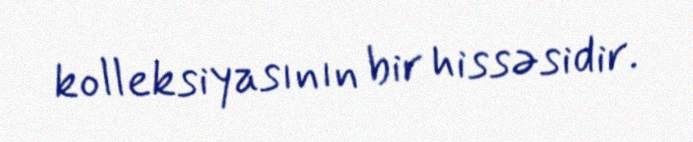
kolleksiyasının bir hissəsidir.